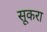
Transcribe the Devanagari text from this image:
सूकरा